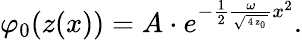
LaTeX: \varphi_{0}(z(x))=A\cdot e^{-\frac 12\frac{\omega}{\sqrt{\mathrm{\scriptsize~4~z_{0}~}}}x^{2}}.